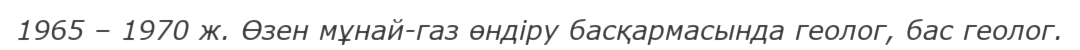
1965 – 1970 ж. Өзен мұнай-газ өндіру басқармасында геолог, бас геолог.